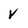
Character: V